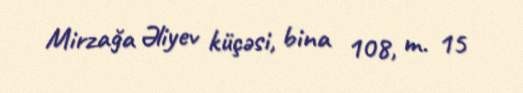
Mirzağa Əliyev küçəsi, bina 108, m. 15